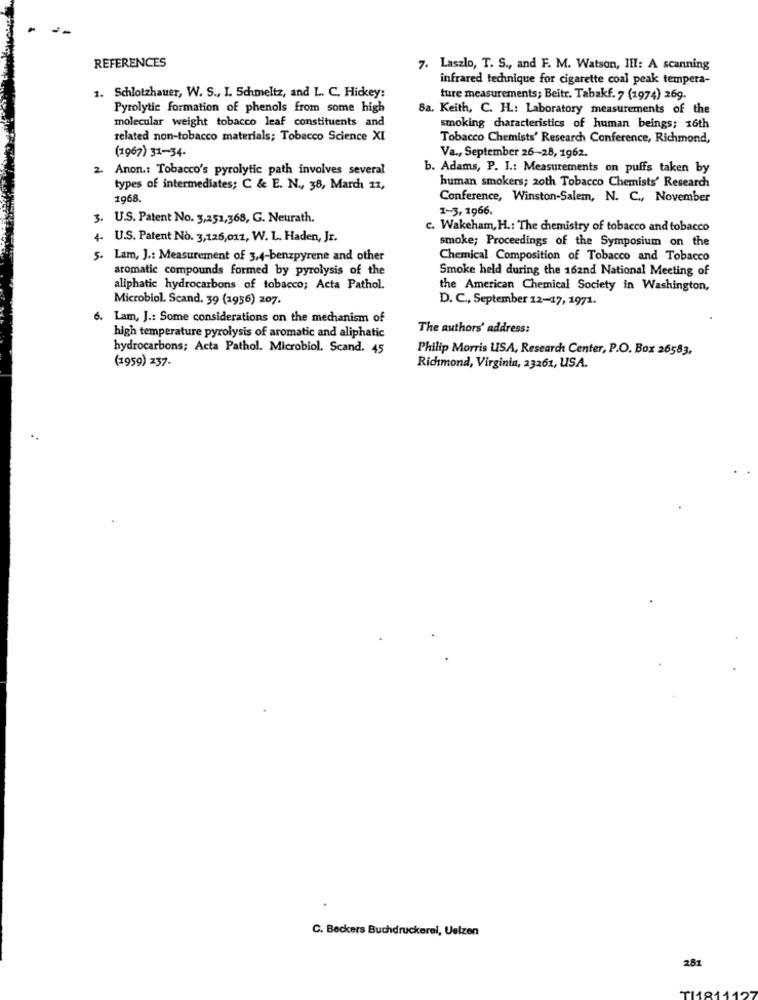
REFERENCES
7. Laszlo, T. S ., and F. M. Watson, III: A scanning
infrared technique for cigarette coal peak tempera-
1. Schlotzhauer, W. S ., I. Schmeltz, and L. C. Hickey:
ture measurements; Beitr. Tabakf. 7 (1974) 269.
Pyrolytic formation of phenols from some high
8a. Keith, C. H .: Laboratory measurements of the
molecular weight tobacco leaf constituents and
smoking characteristics of human beings; 16th
related non-tobacco materials; Tobacco Science XI
Tobacco Chemists' Research Conference, Richmond,
(1967) 31-34.
Va ., September 26-28, 1962.
2. Anon .: Tobacco's pyrolytic path involves several
b. Adams, P. I .: Measurements on puffs taken by
types of intermediates; C & E. N ., 38, March 11,
human smokers; 20th Tobacco Chemists' Research
1968.
Conference, Winston-Salem, N. C ., November
1-3, 1966.
3. U.S. Patent No. 3,251,368, G. Neurath.
c. Wakeham, H .: The chemistry of tobacco and tobacco
4- U.S. Patent No. 3,126,017, W. L. Haden, Jr.
smoke; Proceedings of the Symposium on the
5. Lam, J .: Measurement of 3,4-benzpyrene and other
Chemical Composition of Tobacco and Tobacco
aromatic compounds formed by pyrolysis of the
Smoke held during the 162nd National Meeting of
aliphatic hydrocarbons of tobacco; Acta Pathol.
the American Chemical Society in Washington,
Microbiol. Scand. 39 (1956) 207.
D. C ., September 12-17, 1971.
6. Lam, J .: Some considerations on the mechanism of
The authors' address:
high temperature pyrolysis of aromatic and aliphatic
hydrocarbons; Acta Pathol. Microbiol. Scand. 45
Philip Morris USA, Research Center, P.O. Box 26583,
(1959) 237.
Richmond, Virginia, 23261, USA.
C. Beckers Buchdruckerei, Uelzen
281
TI